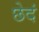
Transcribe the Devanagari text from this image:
छेदं